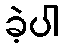
ခဲ့ပါ